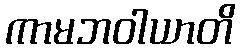
ကာမဘဝါယာတိ